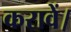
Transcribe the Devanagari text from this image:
करावें।